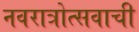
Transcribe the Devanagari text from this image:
नवरात्रोत्सवाची